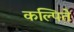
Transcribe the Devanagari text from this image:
कल्पिते